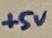
Text: +5V